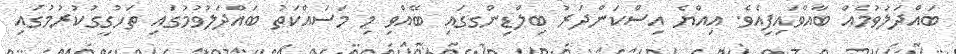
ބައްދަލުވުމެއް ބާއްވައިފިއެވެ. އިއްޔެ އިސްކަންދަރު ބިލްޑިންގގައި ބޭއްވި މި މަސައްކަތު ބައްދަލުވުމުގައި ތަހުގީގުކުރުމުގައި